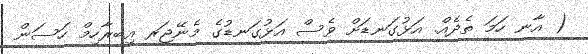
( އާނ ހަމަ ތެދެއް. އަޅުގަނޑަށް ވެސް އަޅުގަނޑުގެ މެނޭޖަރ އިބރާހިމް ހަސަން